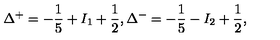
\Delta ^ { + } = - \frac { 1 } { 5 } + I _ { 1 } + \frac { 1 } { 2 } , \Delta ^ { - } = - \frac { 1 } { 5 } - I _ { 2 } + \frac { 1 } { 2 } ,